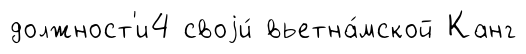
должност'и4 своjи́ вьетна́мской Канг